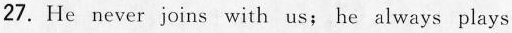
27. He never joins with us; he always plays